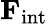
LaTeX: \mathbf{F}_{\mathrm{int}}